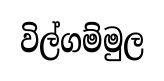
විල්ගම්මුල